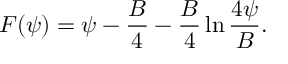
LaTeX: F ( \psi ) = \psi - { \frac { B } { 4 } } - { \frac { B } { 4 } } \ln { \frac { 4 \psi } { B } } .